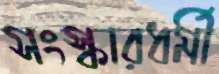
সংস্কারধর্মী